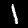
Label: 1